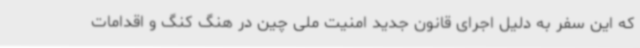
که این سفر به دلیل اجرای قانون جدید امنیت ملی چین در هنگ کنگ و اقدامات